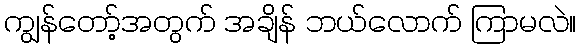
ကျွန်တော့်အတွက် အချိန် ဘယ်လောက် ကြာမလဲ။